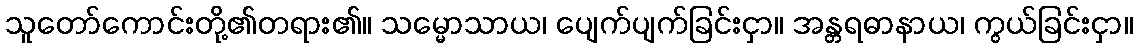
သူတော်ကောင်းတို့၏တရား၏။ သမ္မောသာယ၊ ပျေက်ပျက်ခြင်းငှာ။ အန္တရဓာနာယ၊ ကွယ်ခြင်းငှာ။